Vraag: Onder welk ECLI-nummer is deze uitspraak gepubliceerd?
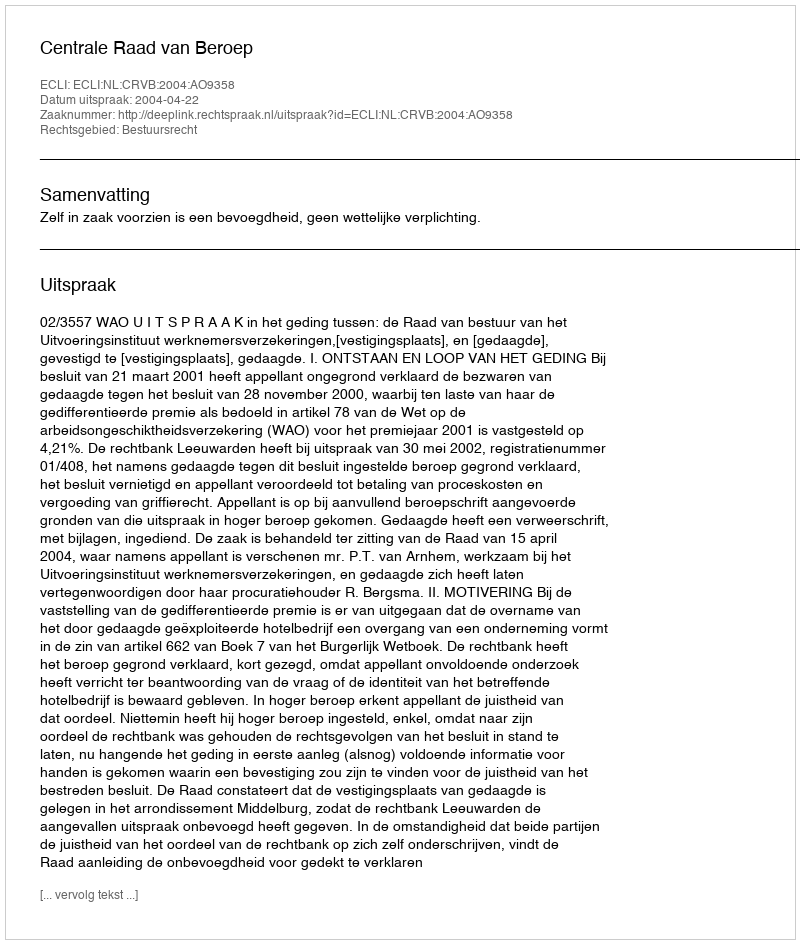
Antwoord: ECLI:NL:CRVB:2004:AO9358